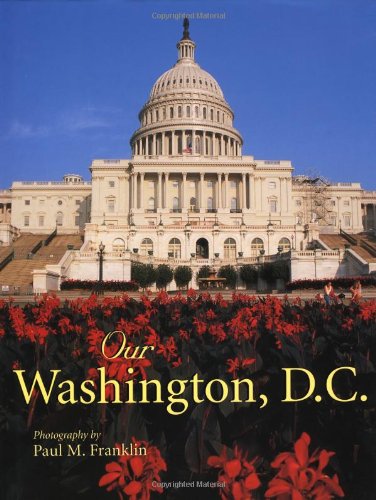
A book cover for Our Washington, D.C.; Paul M. Franklin; Travel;